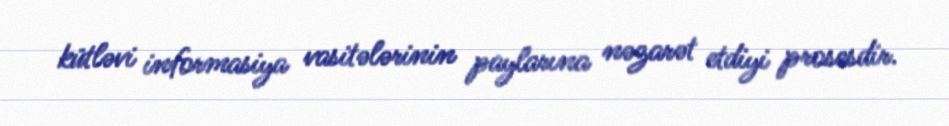
kütləvi informasiya vasitələrinin paylarına nəzarət etdiyi prosesdir.